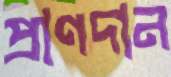
প্রাণদান